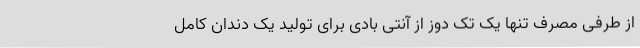
از طرفی مصرف تنها یک تک دوز از آنتی بادی برای تولید یک دندان کامل